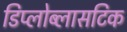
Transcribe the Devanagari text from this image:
डिप्लोब्लासटिक